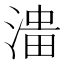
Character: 𱧹